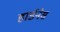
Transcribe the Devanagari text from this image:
हार्डनेस